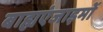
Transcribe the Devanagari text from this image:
बाह्यएंजाइमों